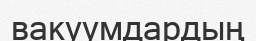
вакуумдардың